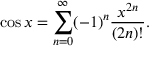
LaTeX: \cos x = \sum _ { n = 0 } ^ { \infty } ( - 1 ) ^ { n } { \frac { x ^ { 2 n } } { ( 2 n ) ! } } .